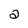
Character: 2